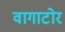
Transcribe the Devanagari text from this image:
वागाटोर